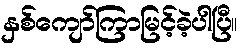
နှစ်ကျော်ကြာမြင့်ခဲ့ပါပြီ။